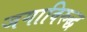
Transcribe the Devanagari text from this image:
जगाविरुद्ध